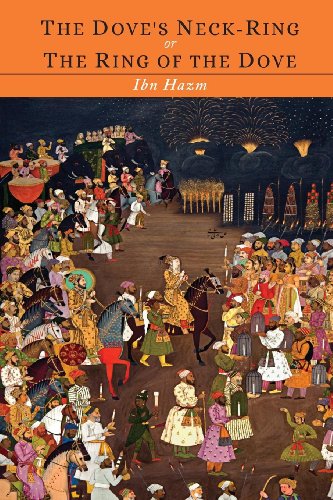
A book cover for The Ring of the Dove; Or the Dove's Neck-Ring; Ibn Hazm; Literature & Fiction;